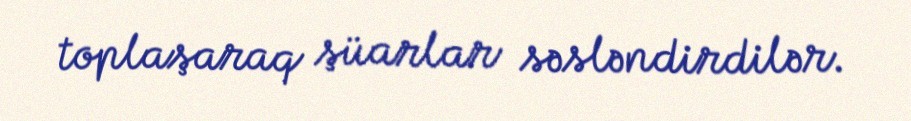
toplaşaraq şüarlar səsləndirdilər.